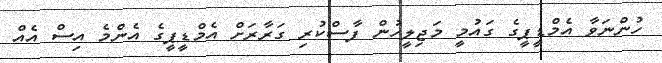
ހުންނަވާ އެމްޑީޕީގެ ގައުމީ މަޖިލީހުން ފާސްކުރި ގަރާރަށް އެމްޑީޕީގެ އެންމެ އިސް އެއް